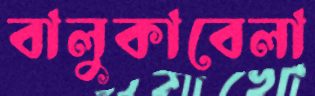
বালুকাবেলা